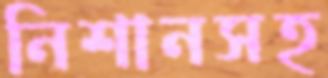
নিশানসহ